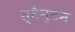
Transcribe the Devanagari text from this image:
स्टैन्टन